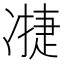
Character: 𮰇